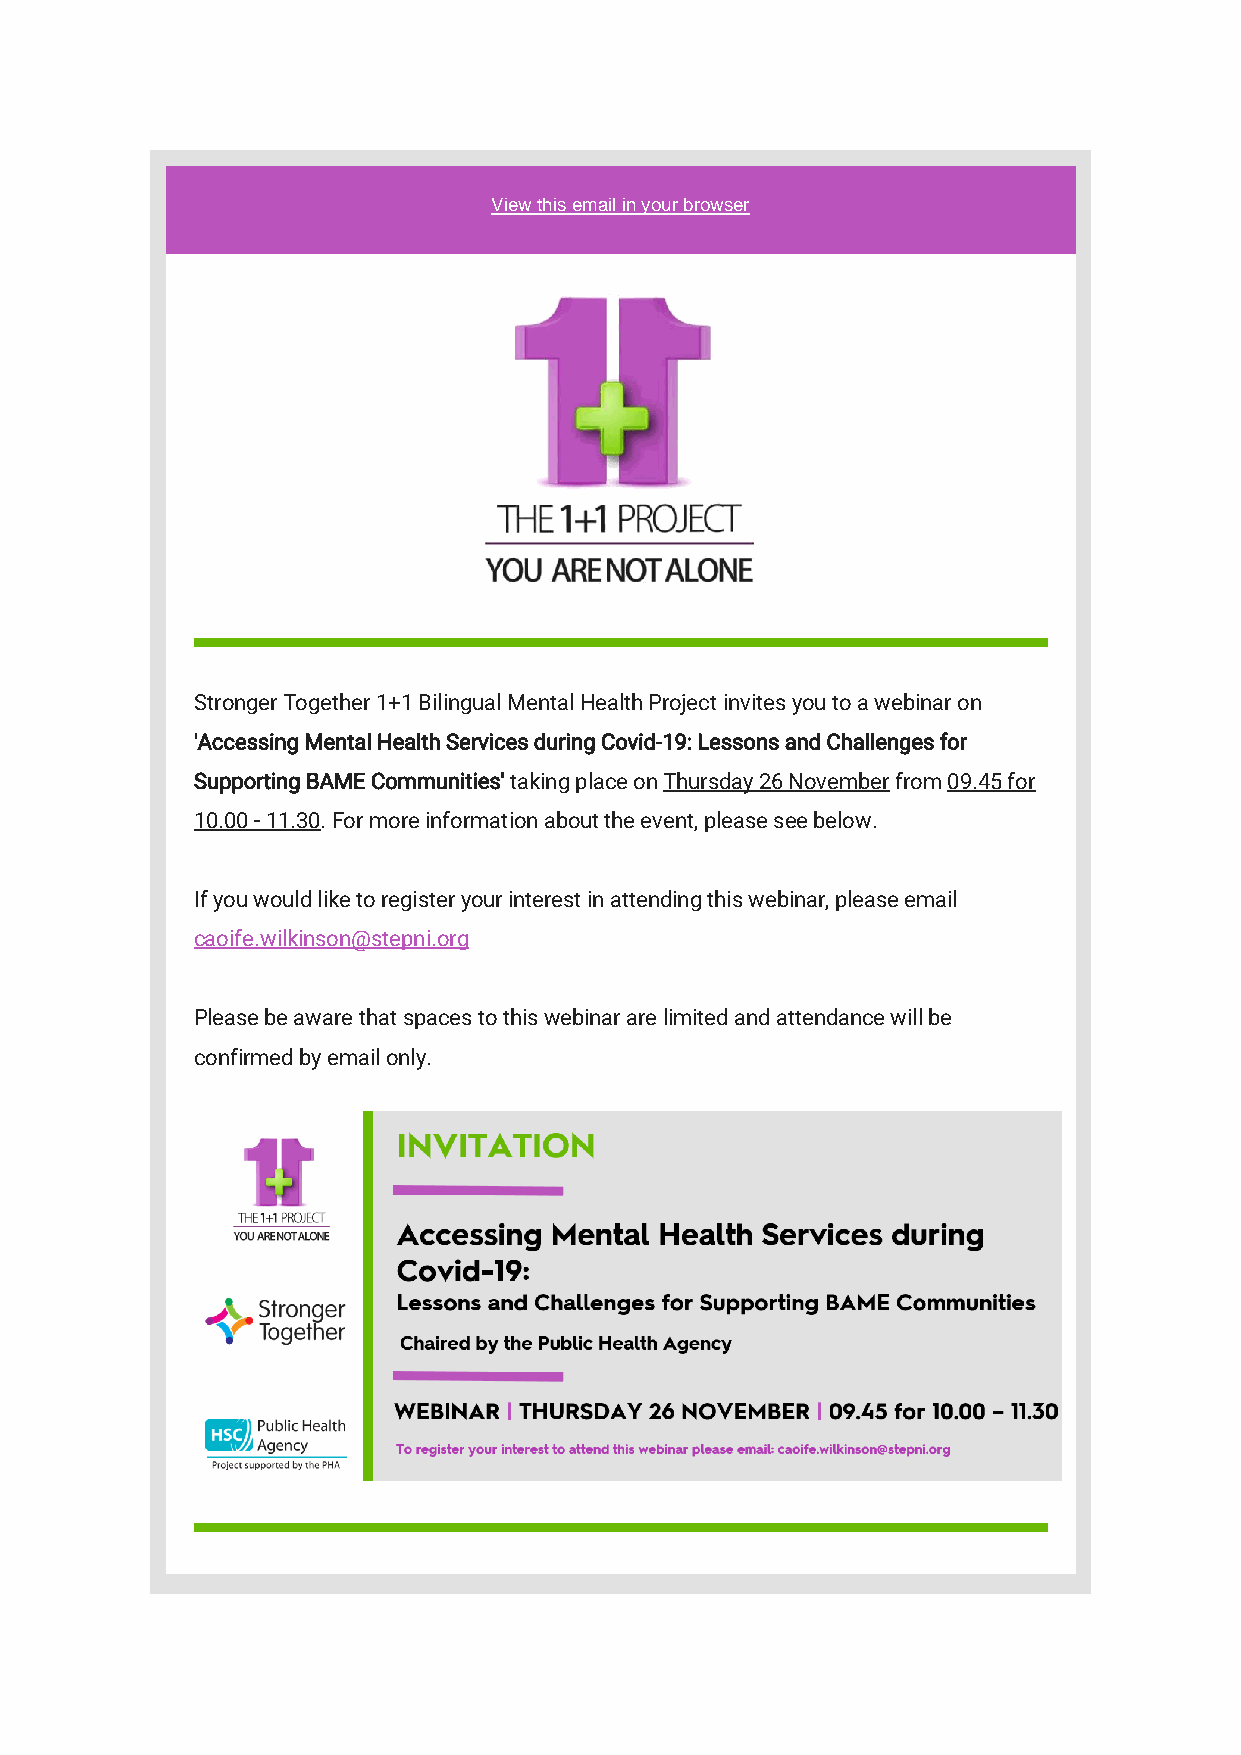
View this email in your browser
 Stronger Together 1+1 Bilingual Mental Health Project invites you to a webinar on
 'Accessing Mental Health Services during Covid-19: Lessons and Challenges for
 Supporting BAME Communities' taking place on Thursday 26 November from 09.45 for
 10.00 - 11.30. For more information about the event, please see below.
 If you would like to register your interest in attending this webinar, please email
 caoife.wilkinson@stepni.org
 Please be aware that spaces to this webinar are limited and attendance will be
 confirmed by email only.